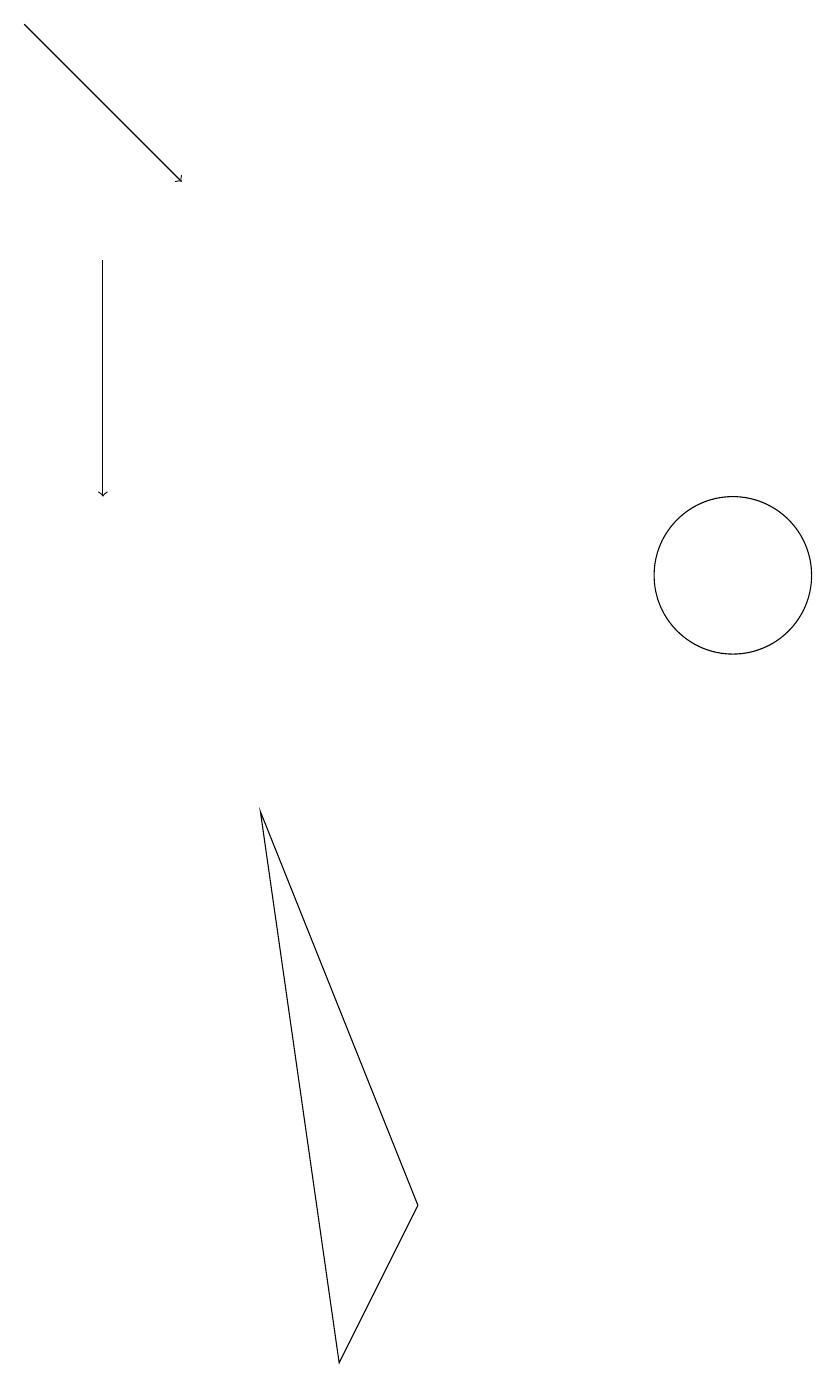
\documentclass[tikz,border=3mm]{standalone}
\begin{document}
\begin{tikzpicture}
\draw[->] (2,15) -- (2,12);
\draw (4,8) -- (6,3) -- (5,1) -- cycle;
\draw (10,11) circle (1);
\draw[->] (1,18) -- (3,16);
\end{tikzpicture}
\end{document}